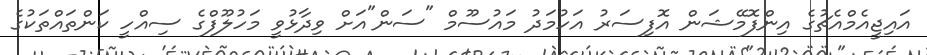
އައިޖީއެމްއެޗުގެ އިންފޮމޭޝަން އޮފިސަރު އަހުމަދު މައުސޫމް "ސަން"އަށް ވިދާޅުވީ މަހުލޫފްގެ ސިއްހީ ކަންތައްތަކުގެ